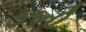
૭૧ની